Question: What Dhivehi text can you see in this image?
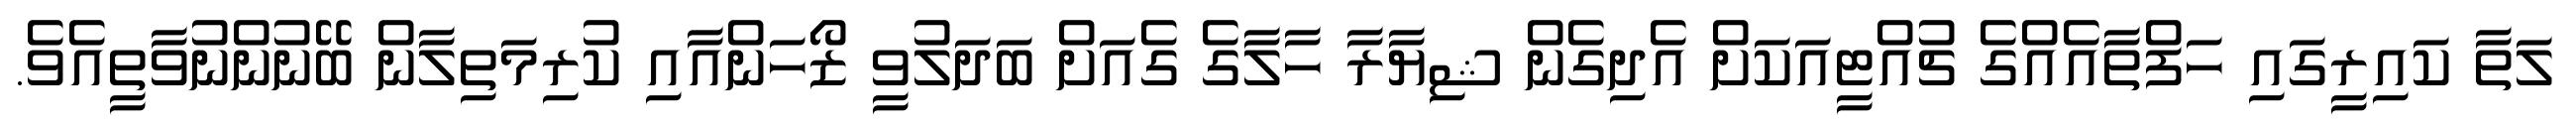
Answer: ލަތާ ކައިރީގައި ހަފްތާއެއްގެ ޗުއްޓީއަކަށް އެދިގެން ޝިޔާރާ ހާލާގެ ގެއަށް ބަދަލުވީ ޒޯހަންއާއި ކުރިމަތިލާން ބޭނުންނުވާތީއެވެ.